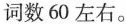
词数60左右。